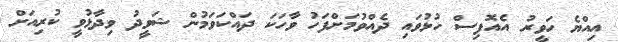
އިއްޔެ ހަވީރު އެއޮފިސް ހުޅުވައި ދެއްވުމަށްފަހު ވާހަކަ ދައްކަވަމުން ޝަވީދު ވިދާޅުވީ ކުރިއަށް